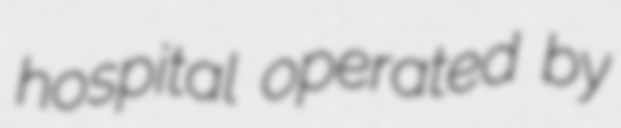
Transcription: hospital operated by